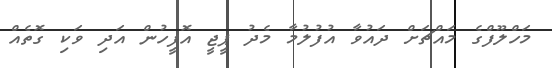
މަހްލޫފްގެ މައްޗަށް ދައުވާ އުފުލުމާ މެދު ޕީޖީ އޮފީހުން އަދި ވަކި ގޮތެއް